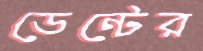
ডেন্টের